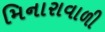
મિનારાવાળી